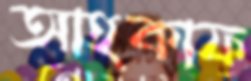
আহকাফ